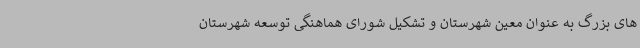
های بزرگ به عنوان معین شهرستان و تشکیل شورای هماهنگی توسعه شهرستان